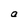
Character: a